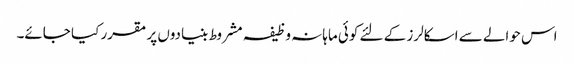
اس حوالے سے اسکالرز کے لئے کوئی ماہانہ وظیفہ مشروط بنیادوں پر مقرر کیا جائے۔